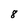
Character: 8